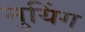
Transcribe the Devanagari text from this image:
नुयिंग